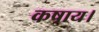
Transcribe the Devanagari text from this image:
कषाय।